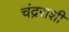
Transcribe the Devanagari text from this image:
चंद्रराशी